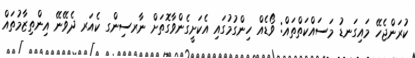
ކުރަންޖެހޭ މައިގަނޑު މަސައްކަތްތައް: ވޯޑެއް ހިންގުމުގައި އެކަށީގެންވާގޮތަށް ނާރސިންގ ކެއަރ ދެވޭނޭ އިންތިޒާމުތައްް